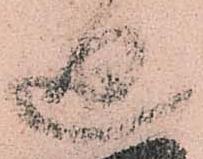
廻